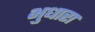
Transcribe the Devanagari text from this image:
भुधारा